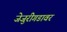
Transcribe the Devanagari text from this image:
जेजुरीगडावर